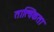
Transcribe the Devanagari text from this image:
तात्विकता